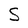
Character: S